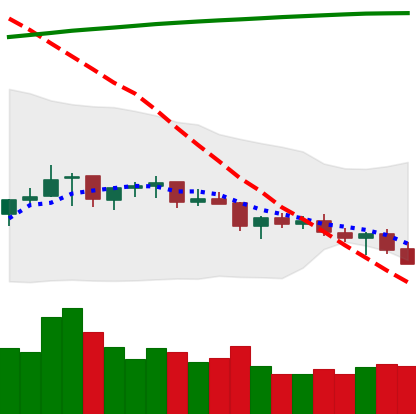
Ticker: TRX-USD
Chart end date: 2021-07-16
Forward return: -3.34%
Label: down_3_5